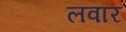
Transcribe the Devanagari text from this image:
लवार